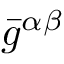
\bar { g } ^ { \alpha \beta }